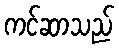
ကင်ဆာသည်